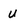
Character: u